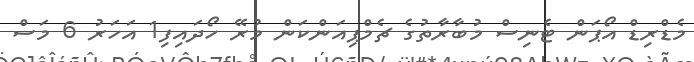
މެޑްރިޑް އޯޕަން ޓެނިސް މުބާރާތުގެ ޗެމްޕިއަންކަން މުރޭ ހޯދައިފި1 އަހަރު 6 މަސް